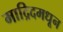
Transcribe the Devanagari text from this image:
माद्रिदमधून